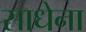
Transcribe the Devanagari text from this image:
साधेना